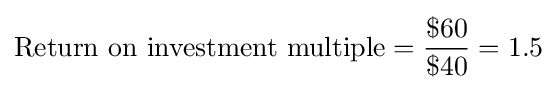
{\text{Return on investment multiple}}={\frac {\$60}{\$40}}=1.5